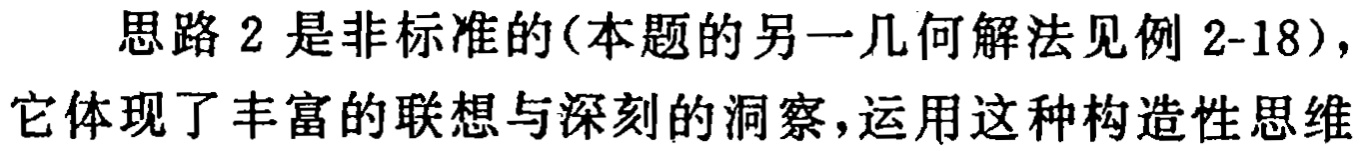
思路 2 是非标准的(本题的另一几何解法见例 2-18)，它体现了丰富的联想与深刻的洞察，运用这种构造性思维